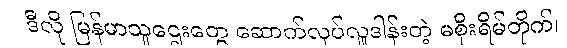
ဒီလို မြန်မာသူဌေးတွေ ဆောက်လုပ်လှူဒါန်းတဲ့ မစိုးရိမ်တိုက်၊